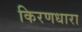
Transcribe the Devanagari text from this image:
किरणधारा